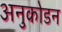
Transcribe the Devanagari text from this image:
अनुकोडन